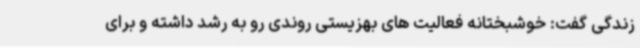
زندگی گفت: خوشبختانه فعالیت های بهزیستی روندی رو به رشد داشته و برای